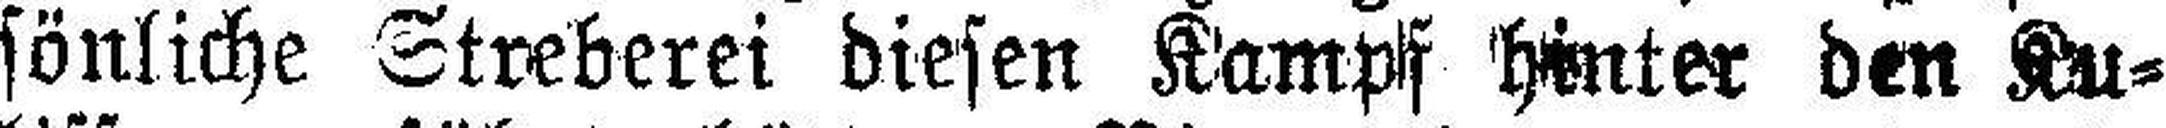
sönliche Streberei diesen Kampf hinter den Ku¬